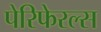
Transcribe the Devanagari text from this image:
पेरिफेरल्स